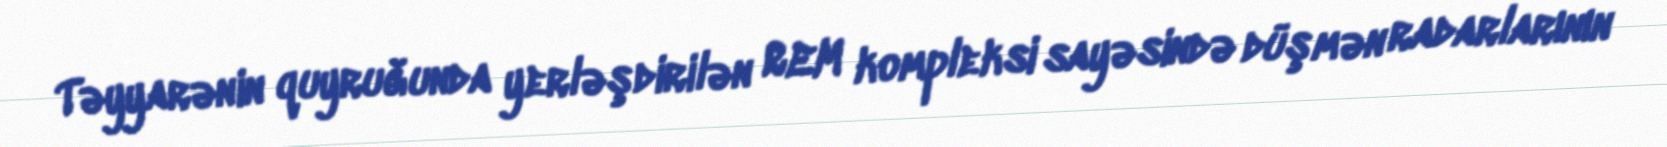
Təyyarənin quyruğunda yerləşdirilən REM kompleksi sayəsində düşmən radarlarının